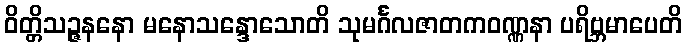
ဝိတ္တိသဉ္ဇနနော မနောသန္ဒောသောတိ သုမင်္ဂလဇာတကဝဏ္ဏနာ ပရိဗ္ဘမာပေတိ